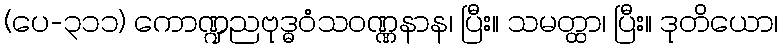
(ပေ-၃၁၁) ကောဏ္ဍညဗုဒ္ဓဝံသဝဏ္ဏနာန၊ ပြီး။ သမတ္ထာ၊ ပြီး။ ဒုတိယော၊